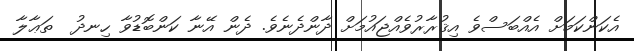
އެކަންކަމަށް އެއްބަސްވެ އިޤުރާރުވެއްޖައުމަށް ދާންދެނެވެ. ދެން އޭނާ ކަންބޮޑުވާ ހިނދު  ތަޢާލާ